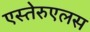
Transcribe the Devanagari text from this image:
एस्तेरुएलस